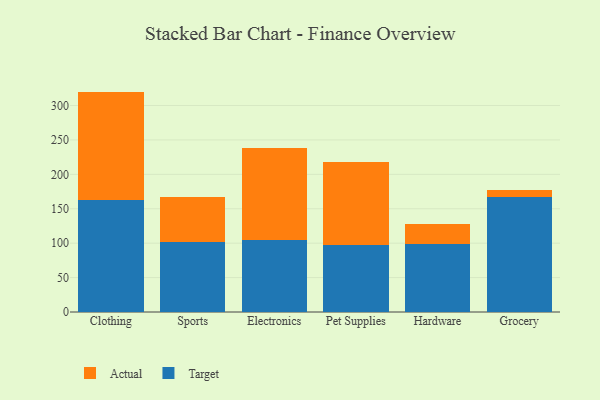
{"axis": {"x": "Category", "y": "Energy Usage (MWh)"}, "legend": ["Actual", "Target"], "data": [{"x": "Clothing", "y": 162.7, "type": "Target"}, {"x": "Clothing", "y": 157.5, "type": "Actual"}, {"x": "Sports", "y": 101.1, "type": "Target"}, {"x": "Sports", "y": 65.3, "type": "Actual"}, {"x": "Electronics", "y": 105.0, "type": "Target"}, {"x": "Electronics", "y": 133.2, "type": "Actual"}, {"x": "Pet Supplies", "y": 97.2, "type": "Target"}, {"x": "Pet Supplies", "y": 120.8, "type": "Actual"}, {"x": "Hardware", "y": 98.5, "type": "Target"}, {"x": "Hardware", "y": 29.5, "type": "Actual"}, {"x": "Grocery", "y": 167.2, "type": "Target"}, {"x": "Grocery", "y": 10.1, "type": "Actual"}]}